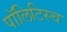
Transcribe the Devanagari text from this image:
पॉलिटिस्च